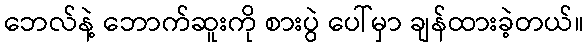
ဘေလ်နဲ့ ဘောက်ဆူးကို စားပွဲ ပေါ်မှာ ချန်ထားခဲ့တယ်။